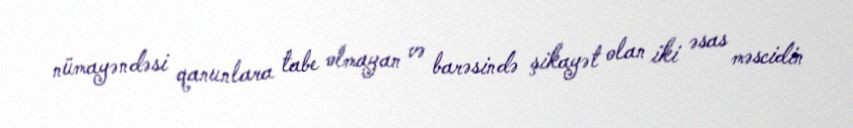
nümayəndəsi qanunlara tabe olmayan və barəsində şikayət olan iki əsas məscidin